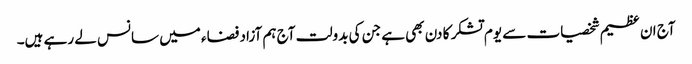
آج ان عظیم شخصیات سے یوم تشکر کا دن بھی ہے جن کی بدولت آج ہم آزاد فضاء میں سانس لے رہے ہیں۔